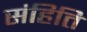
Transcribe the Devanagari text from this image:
संहिति